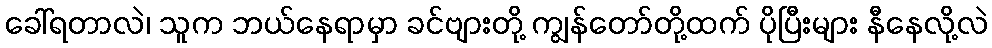
ခေါ်ရတာလဲ၊ သူက ဘယ်နေရာမှာ ခင်ဗျားတို့ ကျွန်တော်တို့ထက် ပိုပြီးများ နီနေလို့လဲ